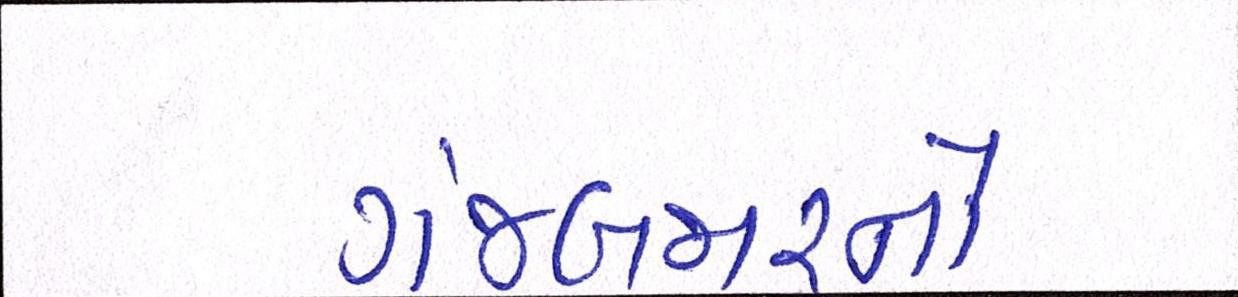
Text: ગંજબજારનો